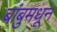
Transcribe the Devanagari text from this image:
बांबुमधून